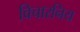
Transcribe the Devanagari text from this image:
विचारनिय